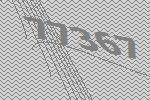
77367